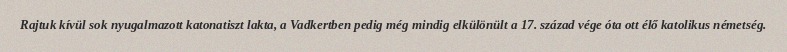
Rajtuk kívül sok nyugalmazott katonatiszt lakta, a Vadkertben pedig még mindig elkülönült a 17. század vége óta ott élő katolikus németség.